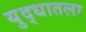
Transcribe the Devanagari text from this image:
युद्धातला